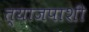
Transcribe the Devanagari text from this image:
त्याजपाशी